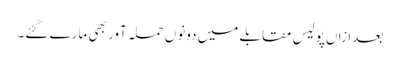
بعد ازاں پولیس مقابلے میں دونوں حملہ آور بھی مارے گئے۔